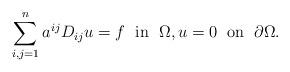
LaTeX: \begin{align*}\sum_{i,j=1}^n a^{ij} D_{ij} u= f\;\mbox{ in }\; \Omega,u=0 \;\mbox{ on } \; \partial \Omega.\end{align*}